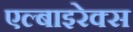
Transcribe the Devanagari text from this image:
एल्बाइरेक्स